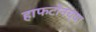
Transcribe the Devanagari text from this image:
हाफटोनच्या